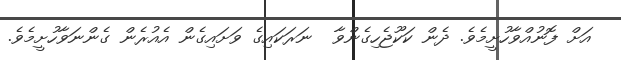
އަށް ފޮނުއްވާހުށީމެވެ. ދެން ކަކޫޖެހިގެންވާ  ނަރަކައިގެ ވަށައިގެން އެއުރެން ގެންނަވާހުށީމެވެ.